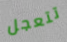
تتعجل